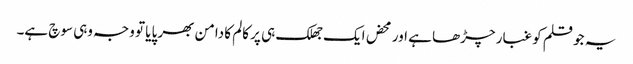
یہ جو قلم کو غبار چڑھا ہے اور محض ایک جھلک ہی پر کالم کا دامن بھر پایا تو وجہ وہی سوچ ہے۔